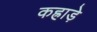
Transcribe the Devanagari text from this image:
कह्राड़े